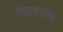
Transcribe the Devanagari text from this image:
गोल्डरश